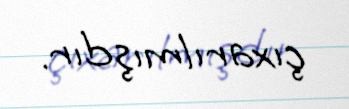
çıxarılmışdır.